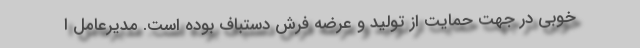
خوبی در جهت حمایت از تولید و عرضه فرش دستباف بوده است. مدیرعامل ا